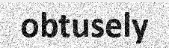
obtusely